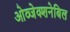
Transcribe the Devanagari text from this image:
ओव्जेक्शनेबिल